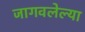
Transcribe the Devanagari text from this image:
जागवलेल्या